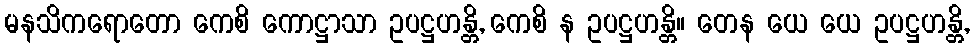
မနသိကရောတော ကေစိ ကောဋ္ဌာသာ ဥပဋ္ဌဟန္တိ, ကေစိ န ဥပဋ္ဌဟန္တိ။ တေန ယေ ယေ ဥပဋ္ဌဟန္တိ,